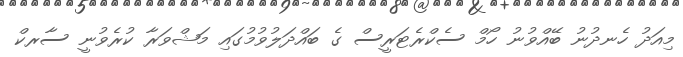
މިއަދު ހެނދުނު ބޭއްވުނު ހޯމް ސެކްރެޓަރީސް ގެ ބައްދަލުވުމުގައި މަޝްވަރާ ކުރެވުނީ ސާރކް